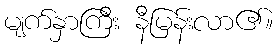
မျက်နှာကြီး နီမြန်းလာ၏။